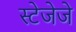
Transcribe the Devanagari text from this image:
स्टेजेजे